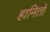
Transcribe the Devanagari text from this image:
हानितो